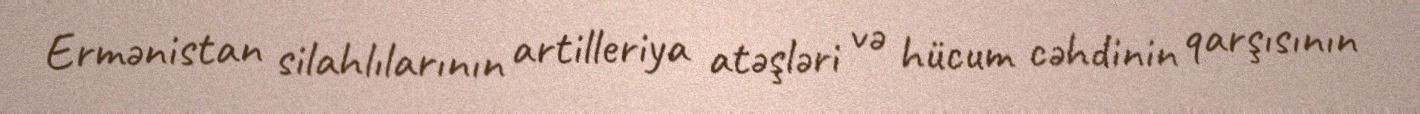
Ermənistan silahlılarının artilleriya atəşləri və hücum cəhdinin qarşısının